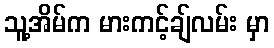
သူ့အိမ်က မားကင့်ချ်လမ်း မှာ